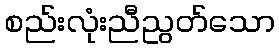
စည်းလုံးညီညွတ်သော